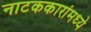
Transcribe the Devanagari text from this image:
नाटककारांमध्ये